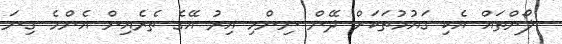
ލޯންތައް އެކި ގައުމުތަކަށް ދޭން ނިންމި އިރު އޭގެ ތެރެއިން އެންމެ ގިނަ